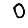
Digit: 0